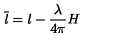
\overline { { l } } = l - { \frac { \lambda } { 4 \pi } } H